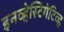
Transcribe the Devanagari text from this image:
इनव्हेस्टिगेटिव्ह